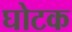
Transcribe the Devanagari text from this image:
घोटक